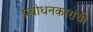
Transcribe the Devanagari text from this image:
प्रबोधनकारांची